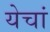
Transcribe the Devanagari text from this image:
येचां